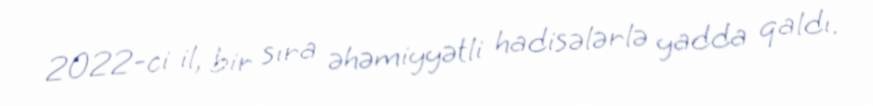
2022-ci il, bir sıra əhəmiyyətli hadisələrlə yadda qaldı.